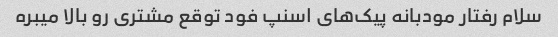
سلام رفتار مودبانه پیک‌های اسنپ فود توقع مشتری رو بالا میبره